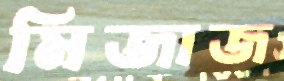
মিজাজ